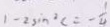
1 - 2 \sin ^ { 2 } c = - \frac { 1 } { 4 }